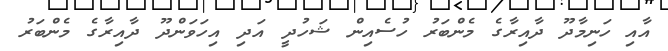
އާއި ހަނިމާދޫ ދާއިރާގެ މެންބަރު ހުސެއިން ޝަހުދީ އަދި އިހަވަންދޫ ދާއިރާގެ މެންބަރު